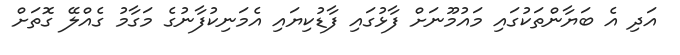
އަދި އެ ބަޔާންތަކުގައި މައުމޫނަށް ފާޅުގައި ފާޑުކިޔައި އެމަނިކުފާނުގެ މަގާމު ގެއްލޭ ގޮތަށް